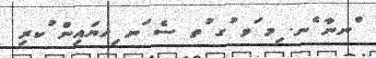
ްނނާ ެނ. ިމ ަވ ުގ ުތ ސެ ަނ ިހޔައިން ުކރި